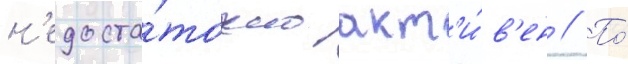
н'едоста́точно акт'и́в'ен // По́